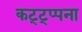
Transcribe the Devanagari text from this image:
कट्ट्प्पना